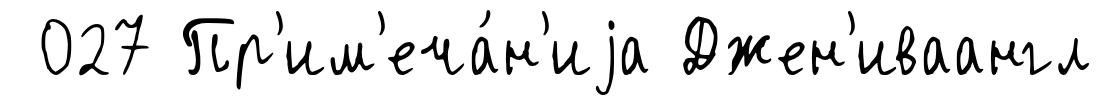
027 Пр'им'еча́н'иjа Джен'иваангл